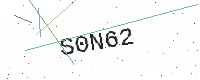
Text: S0N62